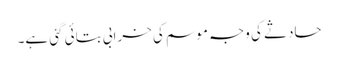
حادثے کی وجہ موسم کی خرابی بتائی گئی ہے۔